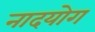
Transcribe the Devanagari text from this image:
नादयोग